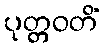
ပုတ္တဝတိံ